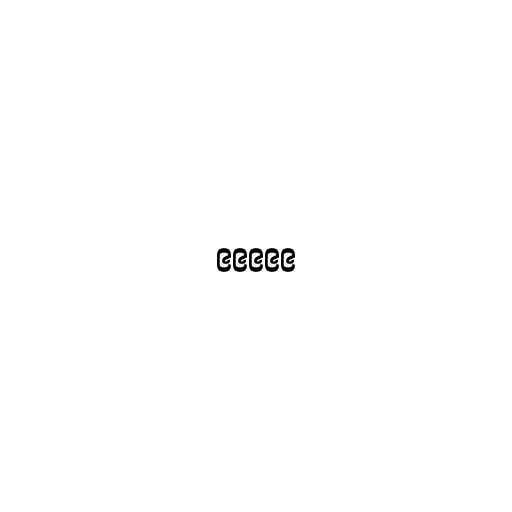
၉၉၉၉၉